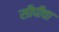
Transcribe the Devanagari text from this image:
सीपींचा